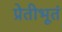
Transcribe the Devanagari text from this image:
प्रेतीभूतं